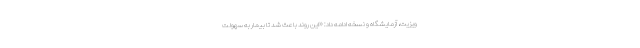
ویزیت، آزمایشگاه و نسخه ادامه داد: «این روند باعث شد تا بیمار به سهولت